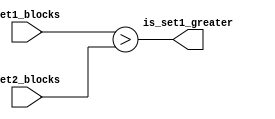
module magnitude_comparator (
    input wire [7:0] set1_blocks,
    input wire [7:0] set2_blocks,
    output wire is_set1_greater
);

assign is_set1_greater = (set1_blocks > set2_blocks);

endmodule